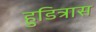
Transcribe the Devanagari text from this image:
हुडित्रास